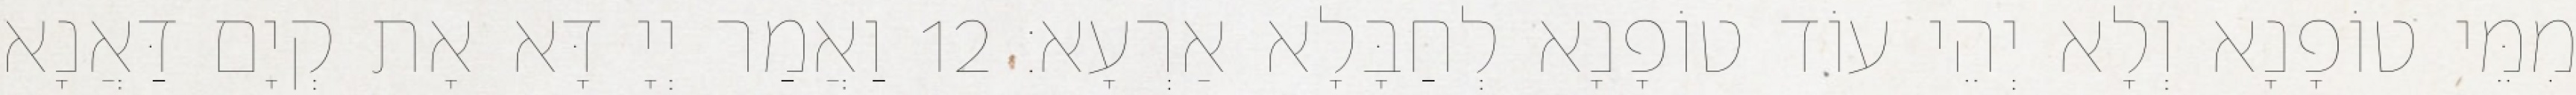
מִמֵּי טוֹפָנָא וְלָא יְהֵי עוֹד טוֹפָנָא לְחַבָּלָא אַרְעָא׃ 12 וַאֲמַר יְיָ דָּא אָת קְיָם דַּאֲנָא